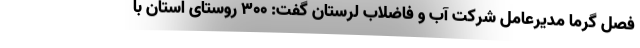
فصل گرما مدیرعامل شرکت آب و فاضلاب لرستان گفت: ۳۰۰ روستای استان با